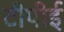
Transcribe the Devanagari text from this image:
टीपीई